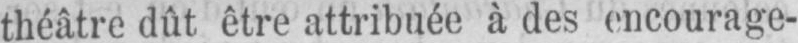
théâtre dût être attribuée à des encourage-